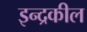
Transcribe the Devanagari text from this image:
इन्द्रकील